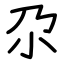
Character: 尕